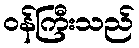
ဝန်ကြီးသည်